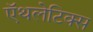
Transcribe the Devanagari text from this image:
ऍथलेटिक्स